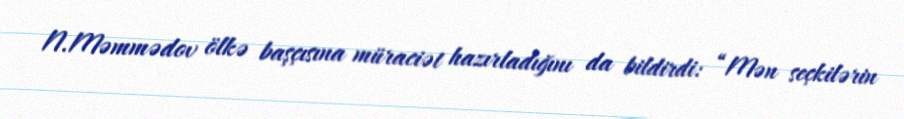
N.Məmmədov ölkə başçısına müraciət hazırladığını da bildirdi: “Mən seçkilərin